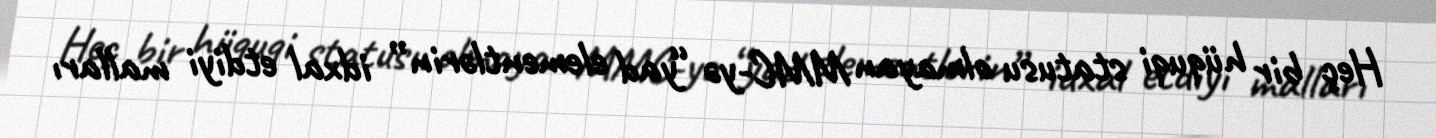
Heç bir hüquqi statusu olmayan MMC-yə “yad elementlərin” idxal etdiyi malları